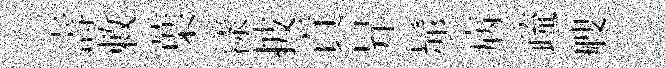
壽敕葉漾披貢昇髴病疏艘